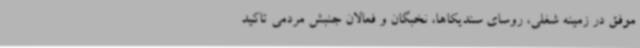
موفق در زمینه شغلی، روسای سندیکاها، نخبگان و فعالان جنبش مردمی تاکید